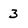
Character: 3